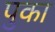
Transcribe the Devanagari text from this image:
पुका